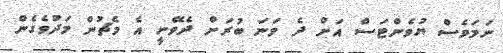
ނަމަވެސް ޔުވެންޓަސް އަށް ދެ ވަނަ ބުރަށް ދެވޭނީ އެ މެޗުން މަދުވެގެން